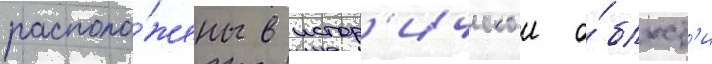
располо́жены в истор'ическои о́бласт'и